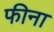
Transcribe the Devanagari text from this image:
फीना